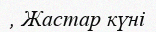
, Жастар күні